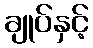
ချုပ်နှင့်